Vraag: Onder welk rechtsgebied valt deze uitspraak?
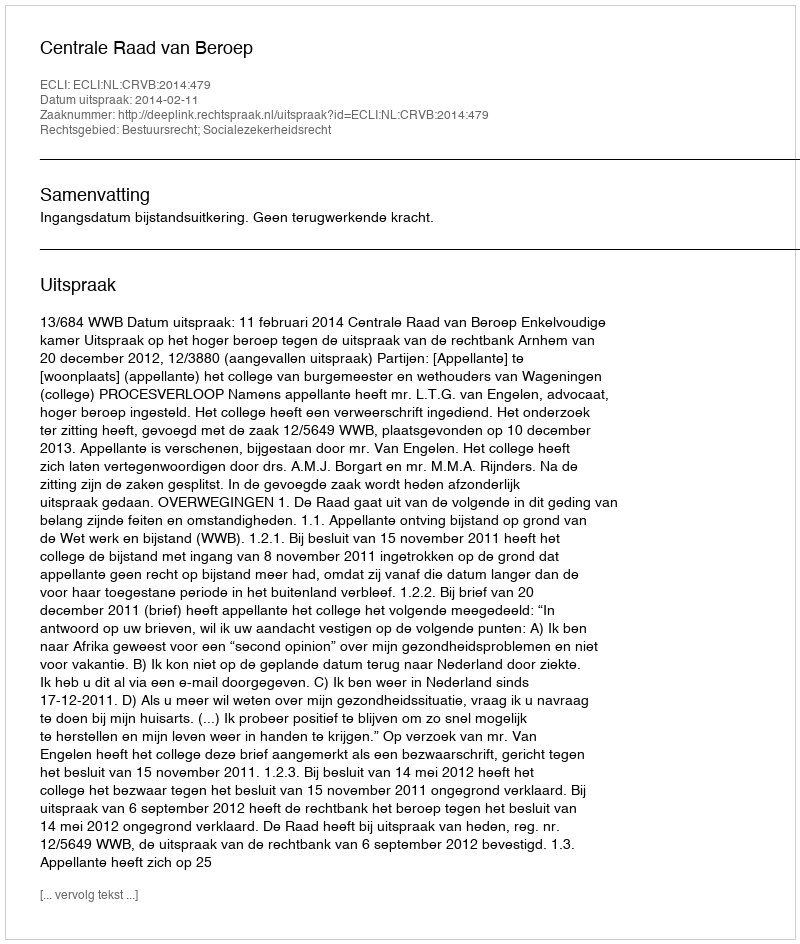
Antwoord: Bestuursrecht; Socialezekerheidsrecht